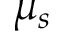
\mu _ { s }